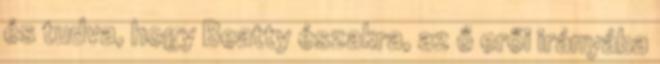
és tudva, hogy Beatty északra, az ő erői irányába